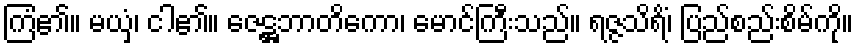
ကြံ၏။ မယှံ၊ ငါ၏။ ဇေဋ္ဌဘာတိကော၊ မောင်ကြီးသည်။ ရဇ္ဇသိရိံ၊ ပြည်စည်းစိမ်ကို။